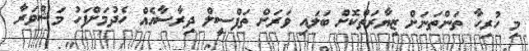
މި ހުރިހާ ތަންތަނަށް ޒިޔާރަތްކޮށް ބަލައި ވަރަށް ތަފްސީލް ދިރާސާއެއް ހެދުމަށްފަހު މަޝްވަރާ